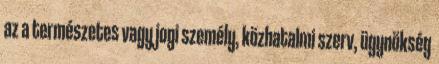
az a természetes vagy jogi személy, közhatalmi szerv, ügynökség